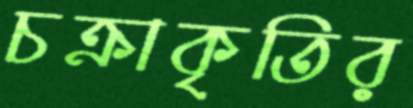
চক্রাকৃতির